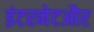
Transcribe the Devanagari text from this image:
इंटरनेटऔर